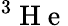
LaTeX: ^3\mathrm{~H~e~}